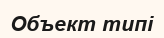
Объект типі